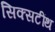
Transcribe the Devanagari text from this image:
सिक्सटींथ